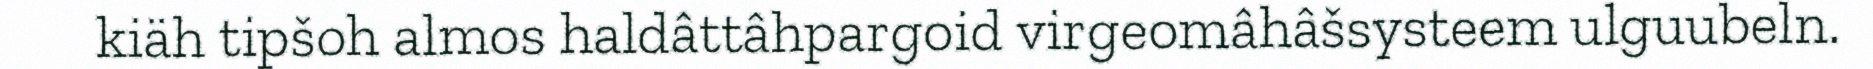
kiäh tipšoh almos haldâttâhpargoid virgeomâhâšsysteem ulguubeln.